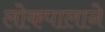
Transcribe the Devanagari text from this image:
लोकपालाने